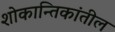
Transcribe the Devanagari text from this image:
शोकान्तिकांतील